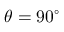
\theta = 9 0 ^ { \circ }